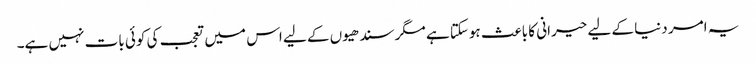
یہ امر دنیا کے لیے حیرانی کا باعث ہوسکتا ہے مگر سندھیوں کے لیے اس میں تعجب کی کوئی بات نہیں ہے۔